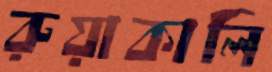
রুয়াকালি